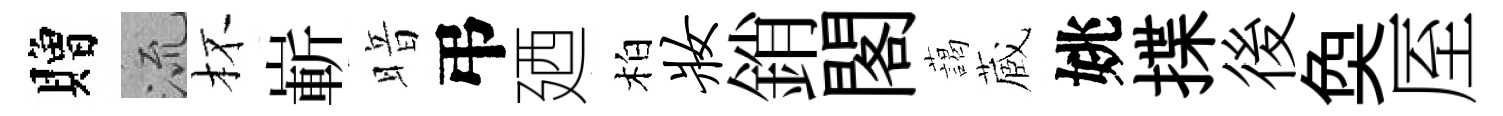
贈𣴑杯嶄暗弔廼柏妆銷閣藹蔵姚揲後奐厔